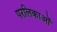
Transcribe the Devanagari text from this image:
परलिकाओं